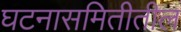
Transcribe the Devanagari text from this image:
घटनासमितीतील